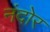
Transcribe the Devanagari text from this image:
नंदोर